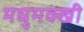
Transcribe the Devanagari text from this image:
मघुमक्खी